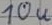
Text: 10u